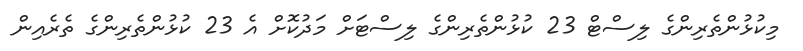
މިކުޅުންތެރިންގެ ލިސްޓް 23 ކުޅުންތެރިންގެ ލިސްޓަށް މަދުކޮށް އެ 23 ކުޅުންތެރިންގެ ތެރެއިން